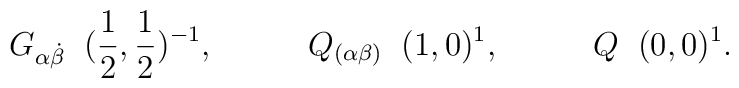
G_{\alpha\dot\beta} \;\; (\frac{1}{2},\frac{1}{2})^{-1},\;\;\;\;\;\;\;\;\;\; Q_{(\alpha\beta)} \;\; (1,0)^1,\;\;\;\;\;\;\;\;\;\; Q \;\; (0,0)^1.